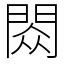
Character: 閦